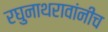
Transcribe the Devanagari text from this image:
रघुनाथरावांनीच